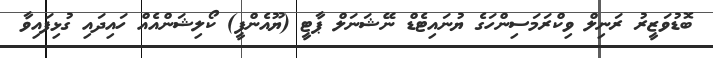
ބޮޑުވަޒީރު ރަނިލް ވިކްރަމަސިންހަގެ ޔުނައިޓެޑް ނޭޝަނަލް ޕާޓީ (ޔޫއެންޕީ) ކޯލިޝަންއެއް ހައިދައި ގުޅިފައިވާ